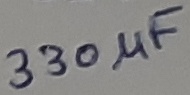
Text: 330µF